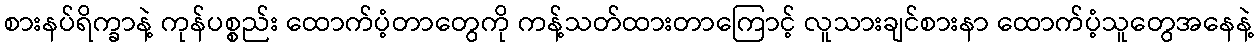
စားနပ်ရိက္ခာနဲ့ ကုန်ပစ္စည်း ထောက်ပံ့တာတွေကို ကန့်သတ်ထားတာကြောင့် လူသားချင်စားနာ ထောက်ပံ့သူတွေအနေနဲ့